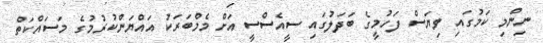
ނިންމި ކަމުގައި ވިޔަސް ފަހުމީގެ ބަދަލުގައި ސީއެސްސީ އަށް މެމްބަރަކު އައްޔަންކުރުމުގެ މަސައްކަތް